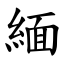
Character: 緬